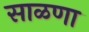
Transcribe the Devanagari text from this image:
साळणा